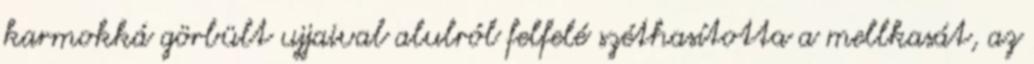
karmokká görbült ujjaival alulról felfelé széthasította a mellkasát, az